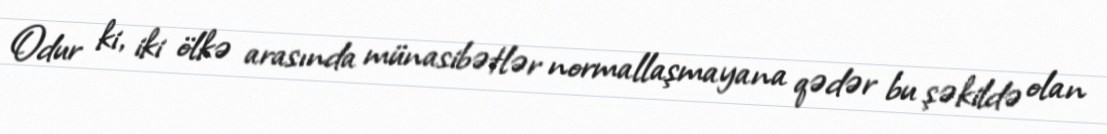
Odur ki, iki ölkə arasında münasibətlər normallaşmayana qədər bu şəkildə olan